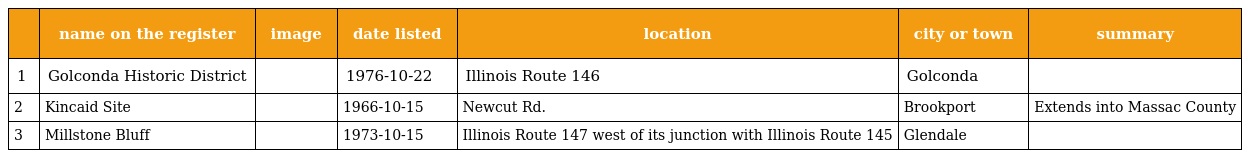
|  | name on the register | image | date listed | location | city or town | summary |
 | --- | --- | --- | --- | --- | --- | --- |
 | 1 | Golconda Historic District |  | 1976-10-22 | Illinois Route 146 | Golconda |  |
 | 2 | Kincaid Site |  | 1966-10-15 | Newcut Rd. | Brookport | Extends into Massac County |
 | 3 | Millstone Bluff |  | 1973-10-15 | Illinois Route 147 west of its junction with Illinois Route 145 | Glendale |  |